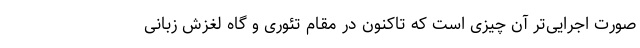
صورت اجرایی‌‌تر آن چیزی است که تاکنون در مقام تئوری و گاه لغزش زبانی